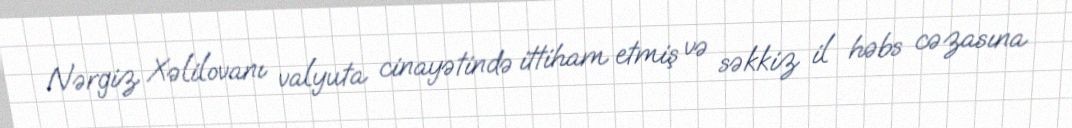
Nərgiz Xəlilovanı valyuta cinayətində ittiham etmiş və səkkiz il həbs cəzasına